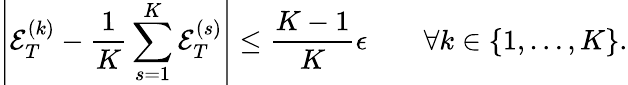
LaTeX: \left|{\mathcal E}_{T}^{(k)}-\frac{1}{K}\sum_{s=1}^{K}{\mathcal E}_{T}^{(s)}\right|\le\frac{K-1}K\epsilon\qquad\forall k\in\{ 1,\dots,K\} .